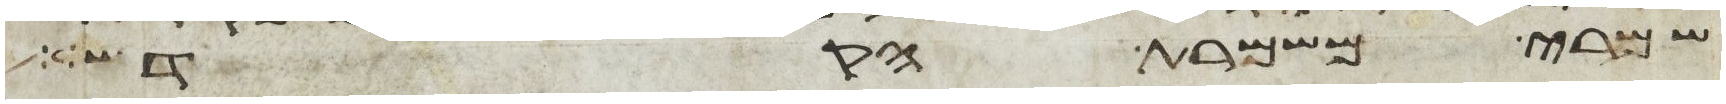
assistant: שמרי משמרת הקדש